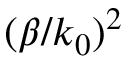
( \beta / k _ { 0 } ) ^ { 2 }